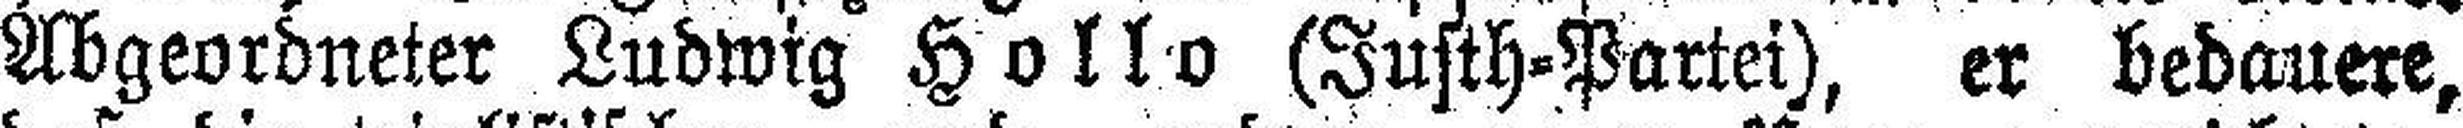
Abgeordneter Ludwig Hollo (Justh=Partei), er bedauere,